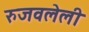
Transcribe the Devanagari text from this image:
रुजवलेली